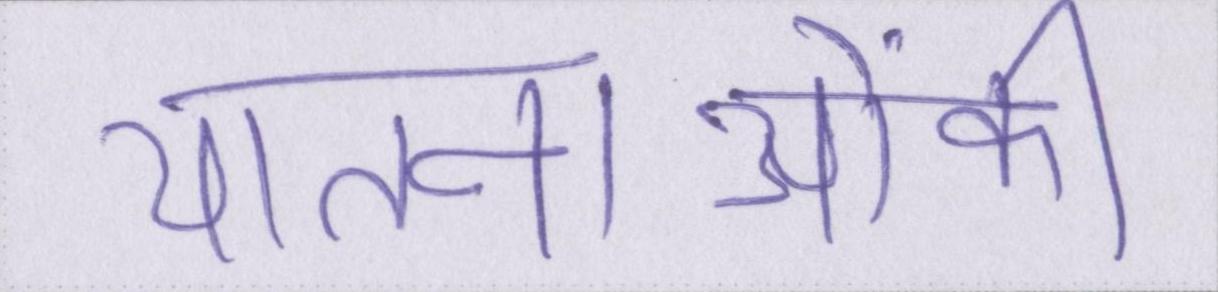
यातनाओंकी